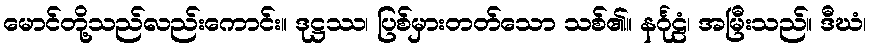
မောင်တို့သည်လည်းကောင်း။ ဒုဋ္ဌဿ၊ ပြစ်မှားတတ်သော သစ်၏။ နင်္ဂုဠံ၊ အမြီးသည်။ ဒီဃံ၊